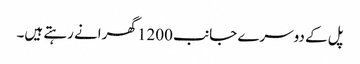
پل کے دوسرے جانب 1200 گھرانے رہتے ہیں۔